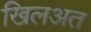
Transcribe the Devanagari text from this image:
खिलअत